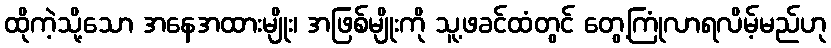
ထိုကဲ့သို့သော အနေအထားမျိုး၊ အဖြစ်မျိုးကို သူ့ဖခင်ထံတွင် တွေ့ကြုံလာရလိမ့်မည်ဟု